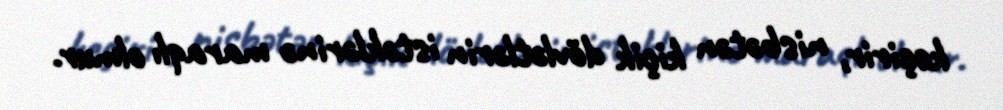
keçirir, nisbətən kiçik dövlətlərin istəklərinə maraqlı olmur.